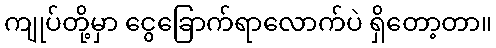
ကျုပ်တို့မှာ ငွေခြောက်ရာလောက်ပဲ ရှိတော့တာ။